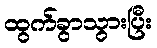
ထွက်ခွာသွားပြီး